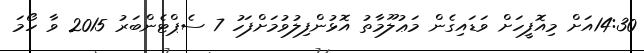
14:30އަށް މިއޮފީހަށް ވަޑައިގެން މަޢުލޫމާތު އޮޅުންފިލުވުމަށްފަހު 7 ސެޕްޓެންބަރު 2015 ވާ ހޯމަ